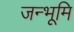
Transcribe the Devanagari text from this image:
जन्भूमि